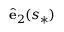
\hat { \bf e } _ { 2 } ( s _ { * } )